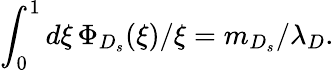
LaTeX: \int_{0}^{1}d\xi\, \Phi_{D_{s}}(\xi)/\xi=m_{D_{s}}/\lambda_{D}.